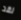
لقد